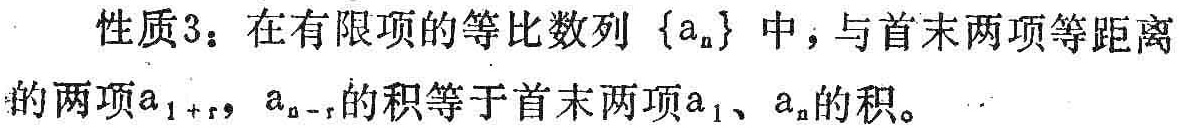
性质3：在有限项的等比数列\(\{a_{n}\}\)中，与首末两项等距离的两项\(a_{1 + r}\)，\(a_{n - r}\)的积等于首末两项\(a_{1}\)、\(a_{n}\)的积。